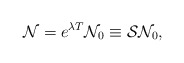
\begin{align*}{\cal N} = e^{\lambda T}{\cal N}_0 \equiv {\cal S}{\cal N}_0,\end{align*}